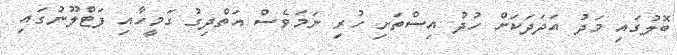
ބޮލުގައި މަދު އަދަދަކަށް ހުދު އިސްތަށި ހުރި ނަމަވެސް އަތްދިގު ގަމީހާއި ފަޓްލޫނުގައި